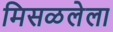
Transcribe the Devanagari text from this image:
मिसळलेला